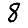
Digit: 8